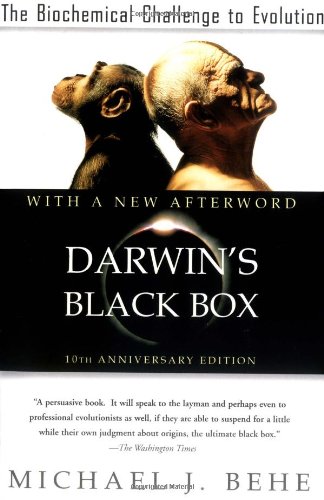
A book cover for Darwin's Black Box: The Biochemical Challenge to Evolution; Michael J. Behe; Engineering & Transportation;